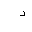
Letter: _dal